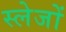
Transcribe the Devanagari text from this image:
स्लेजों